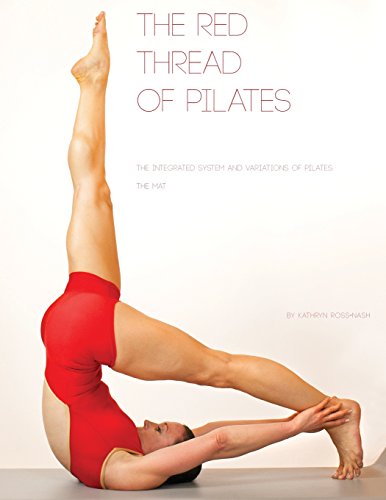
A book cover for The Red Thread: The Integrated System and Variations of Pilates - The Mat; Kathryn Ross-Nash; Health, Fitness & Dieting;